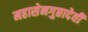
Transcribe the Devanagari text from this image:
महासेनगुप्तादेवी